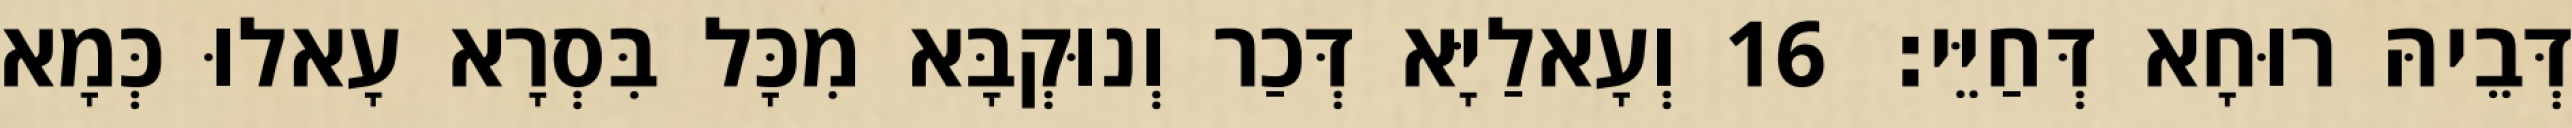
דְּבֵיהּ רוּחָא דְּחַיֵּי׃ 16 וְעָאלַיָּא דְּכַר וְנוּקְבָּא מִכָּל בִּסְרָא עָאלוּ כְּמָא